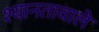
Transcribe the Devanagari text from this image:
श्यानतावाले